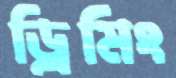
ড্রিমিং